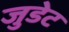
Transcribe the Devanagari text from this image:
जुडेट